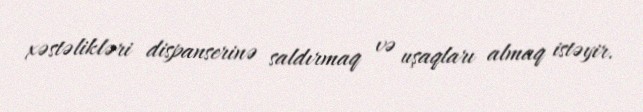
xəstəlikləri dispanserinə saldırmaq və uşaqları almaq istəyir.